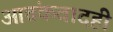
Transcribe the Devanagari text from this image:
आतंकवादही